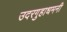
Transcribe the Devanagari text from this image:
उदरगुहाधमनी